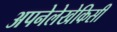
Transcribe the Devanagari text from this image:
अपनेलेखेकिसी